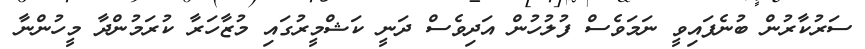
ސަރުކާރުން ބުނެފައިވީ ނަމަވެސް ފުލުހުން އަދިވެސް ދަނީ ކަޝްމީރުގައި މުޒާހަރާ ކުރަމުންދާ މީހުންނާ